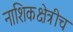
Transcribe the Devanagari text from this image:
नाशिकक्षेत्रीच